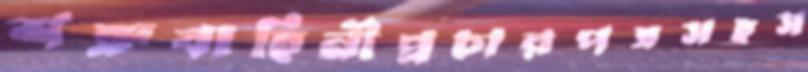
শত্রুবাহিনীপ্রচারপত্রসহস